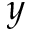
y